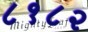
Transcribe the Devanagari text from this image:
८१८२